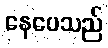
နေပေသည်